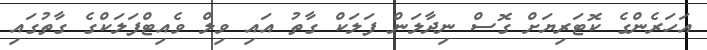
އަހަރެންގެ ކޮޓަރިޔަށް ގޮސް ނިދާލަން ފަލަކް ގާތު އައި ވިލް ވެއިޓްފަލަކްގެ ގާތުގައި